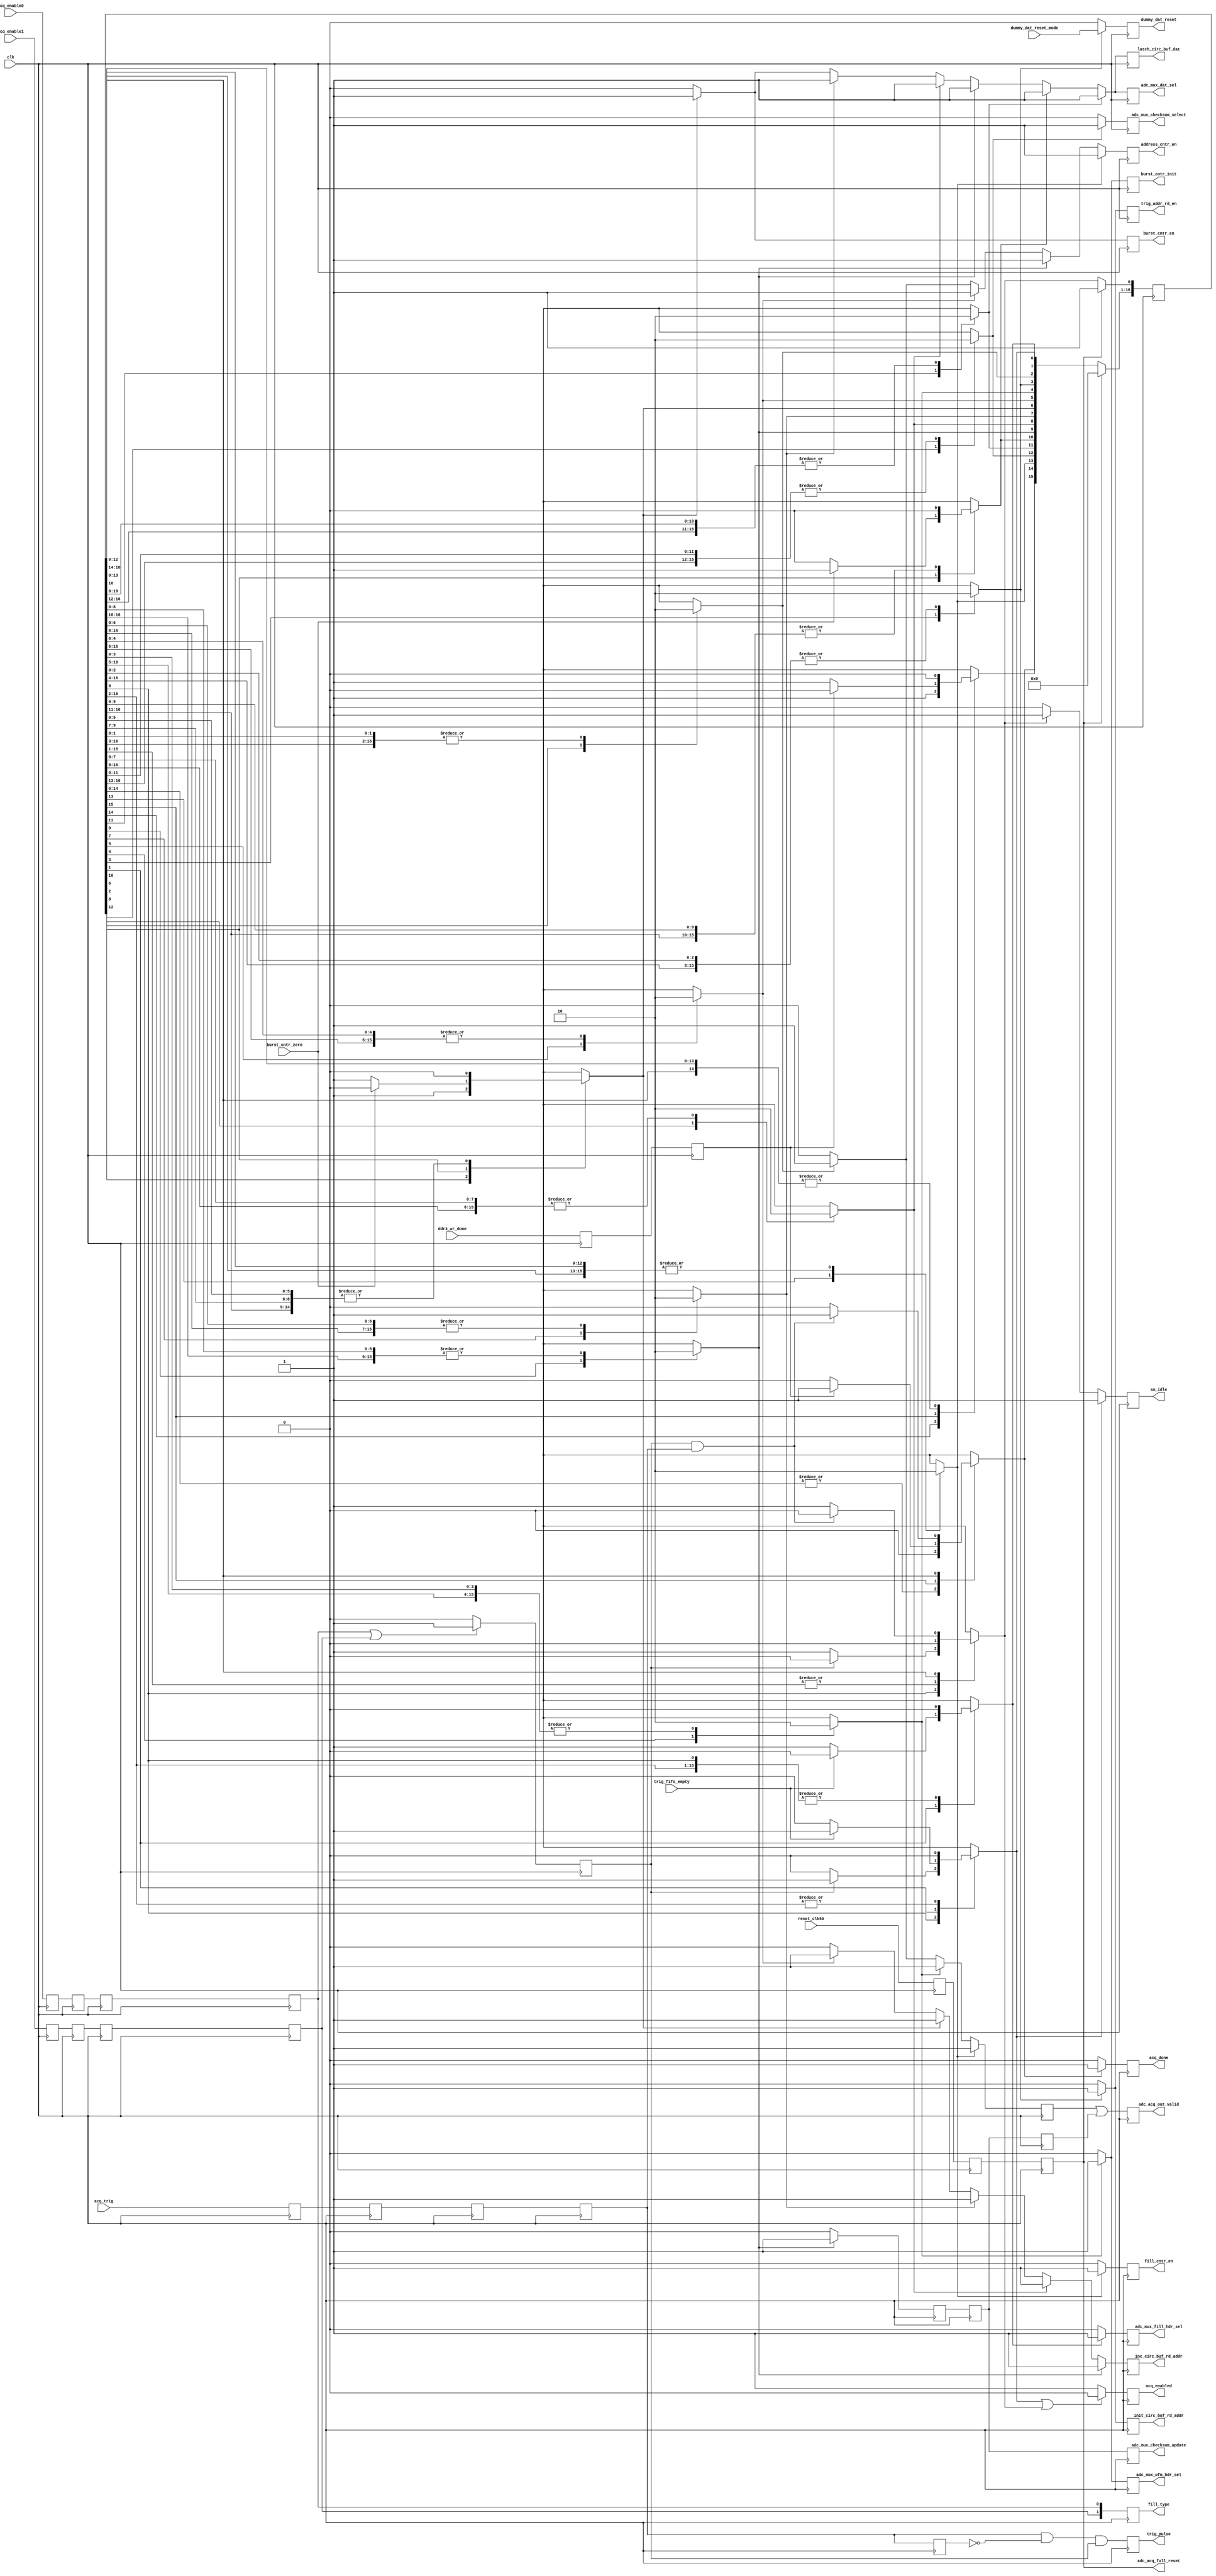
module adc_acq_sm_cbuf (
    // inputs
    input clk,                          // runs at the adc_clk speed (400 MHz)
    input acq_enable0,                  // indicates enabled for triggers, and fill type
    input acq_enable1,                  // indicates enabled for triggers, and fill type
    input acq_trig,                     // trigger the logic to start collecting data
    input reset_clk50,                  // reset from internal logic, synched to CLK50
    input trig_fifo_empty,              // no trigger address is available for reading yet
    input burst_cntr_zero,              // all sample bursts have been saved
    input ddr3_wr_done,                 // asserted when the 'ddr3_wr_control' is in the DONE state
    input dummy_dat_reset_mode,         // channel_tag[4] = 0 -> free-run,  1 -> reset every waveform
    // outputs
    output reg [1:0] fill_type,         // determine which burst count to use (not in cbuf mode)
    output reg address_cntr_en,         // increment the next starting address
    output reg dummy_dat_reset,         // reset the dummy data counter
    output reg adc_mux_fill_hdr_sel,    // selects fill header
    output reg adc_mux_wfm_hdr_sel,     // selects waveform header
    output reg adc_mux_dat_sel,         // selects data
    output reg adc_mux_checksum_select, // selects checksum
    output reg adc_mux_checksum_update, // update the checksum
    output reg burst_cntr_init,         // initialize when triggered
    output reg burst_cntr_en,           // will be enabled once per burst
    output reg fill_cntr_en,            // will be enabled once per fill
    output reg adc_acq_out_valid,       // current data should be stored in the FIFO
    output reg trig_pulse,
    output reg acq_enabled,             // writing triggered data to DDR3 in progress
    output reg adc_acq_full_reset,      // reset everything related to ADC acquisition and storage
    output reg acq_done,                // acquisition is done
    output reg init_circ_buf_rd_addr,   // initialize the counter with the start of the buffer area to be saved
    output reg inc_circ_buf_rd_addr,    // increment the circular buffer address
    output reg trig_addr_rd_en,         // read a trigger address from the FIFO
    output reg latch_circ_buf_dat,      // save the current 32-bit data word from the circular buffer
    output reg sm_idle                  // signal that this state machine is idle (used for front panel LED status)
);


// synchronize ENABLE and TRIGGER inputs to this clock domain
reg acq_enable0_sync1, acq_enable0_sync2, acq_enable0_sync3;
reg acq_enable0_sync4;
reg acq_enable1_sync1, acq_enable1_sync2, acq_enable1_sync3;
reg acq_enable1_sync4;
reg acq_trig_sync1, acq_trig_sync2, acq_trig_sync3, acq_trig_sync5;
reg acq_trig_sync4;
always @(posedge clk) begin
    acq_enable0_sync1 <= acq_enable0;
    acq_enable0_sync2 <= acq_enable0_sync1;
    acq_enable0_sync3 <= acq_enable0_sync2;
    acq_enable0_sync4 <= acq_enable0_sync3;

    acq_enable1_sync1 <= acq_enable1;
    acq_enable1_sync2 <= acq_enable1_sync1;
    acq_enable1_sync3 <= acq_enable1_sync2;
    acq_enable1_sync4 <= acq_enable1_sync3;

    acq_trig_sync1 <= acq_trig;
    acq_trig_sync2 <= acq_trig_sync1;
    acq_trig_sync3 <= acq_trig_sync2;
    acq_trig_sync4 <= acq_trig_sync3;
    acq_trig_sync5 <= acq_trig_sync4;
    // assert 'trig_pulse' when 'ext_trig' has gotten to the fourth register, but not the fifth
    // pass triggers only during the ACQ_ENABLED state
    trig_pulse <= #1 ((acq_trig_sync4 & ~acq_trig_sync5) && adc_acq_mode_enabled);
end

// sync and combine the external ACQ_RESET and the internal RESET_CLK50
reg reset_clk50_sync1, reset_clk50_sync2; 
always @(posedge clk) begin
    reset_clk50_sync1 <= reset_clk50;
    reset_clk50_sync2 <= reset_clk50_sync1;
    adc_acq_full_reset <= reset_clk50_sync2;
end

// synchronize 'ddr3_wr_done'
reg ddr3_wr_done_sync1;
reg ddr3_wr_done_sync2;
always @ (posedge clk) begin
    ddr3_wr_done_sync1 <= ddr3_wr_done;
    ddr3_wr_done_sync2 <= ddr3_wr_done_sync1;
end

// We are in acquisition mode whenever the ENABLE inputs are not both zero.
// When they are both zero, we are not running.
reg adc_acq_mode_enabled; // we are enabled to accept triggers and store data
always @(posedge clk) begin
    if (acq_enable0_sync4 | acq_enable1_sync4)
        adc_acq_mode_enabled <= 1'b1;
    else
        adc_acq_mode_enabled <= 1'b0;
end

// The fill type is determined by combining the ENABLE inputs
always @(posedge clk) begin
    fill_type[1:0] <= {acq_enable1_sync4, acq_enable0_sync4};
end
     
// delay the 'adc_acq_out_valid' signal to allow for the memory reading delay
reg immed_adc_acq_out_valid, dlyd_adc_acq_out_valid, start_dlyd_adc_acq_out_valid;
reg delay2, delay1, delay0;
always @ (posedge clk) begin
   adc_acq_out_valid <= #1 immed_adc_acq_out_valid | dlyd_adc_acq_out_valid;
   adc_mux_checksum_update <= #1 delay0;
   // run the delay pipeline
   dlyd_adc_acq_out_valid <= #1 delay0;
//   delay2 <= #1 delay1;
//   delay1 <= #1 delay0;
   delay0 <= #1 start_dlyd_adc_acq_out_valid;
end

//  Leave the comments containing "synopsys" in your HDL code.
 
// Declare the symbolic names for states
// Simplified one-hot encoding (each constant is an index into an array of bits)
parameter [4:0]
    IDLE            = 5'd0,
    WATCH_FOR_TRIG  = 5'd1,
    FILL_INIT1      = 5'd2,
    FILL_INIT2      = 5'd3,
    WAVEFORM_INIT1  = 5'd4,
    WAVEFORM_INIT2  = 5'd5,
    WAVEFORM_INIT3  = 5'd6,
    RUN1            = 5'd7,
    RUN2            = 5'd8,
    RUN3            = 5'd9,
    RUN4            = 5'd10,
    WAVEFORM_TST1   = 5'd11,
    WAVEFORM_TST2   = 5'd12,
    CHECKSUM1       = 5'd13,
    CHECKSUM2       = 5'd14,
    DDR3_WAIT       = 5'd15,
    DONE            = 5'd16;
    
// Declare current state and next state variables
reg [16:0] /* synopsys enum STATE_TYPE */ CS;
reg [16:0] /* synopsys enum STATE_TYPE */ NS;
//synopsys state_vector CS
 
// sequential always block for state transitions (use non-blocking [<=] assignments)
always @ (posedge clk) begin
    if (adc_acq_full_reset) begin
        CS <= 17'b0;      // set all state bits to 0
        CS[IDLE] <= 1'b1; // set IDLE state bit to 1
    end
    else
        CS <= NS;         // set state bits to next state
end

// lkg -- will need to update the sensitivity list
// combinational always block to determine next state  (use blocking [=] assignments) 
always @ (CS or adc_acq_mode_enabled or acq_trig_sync4 or burst_cntr_zero or ddr3_wr_done_sync2 )    begin
    NS = 17'b0; // default all bits to zero; will overrride one bit

    case (1'b1) // synopsys full_case parallel_case

        // Stay in the IDLE state until we are armed
        CS[IDLE]: begin
            if (adc_acq_mode_enabled)
                NS[WATCH_FOR_TRIG] = 1'b1;
            else
                NS[IDLE] = 1'b1;
        end

        // Stay in the WATCH state until we are both armed and triggered.
        // We will wait here until the circular buffer trigger address is available
        // reading of the DDR3 can occur while we are in this state
        CS[WATCH_FOR_TRIG]: begin
            if (!trig_fifo_empty)
                NS[FILL_INIT1] = 1'b1;
            else
                NS[WATCH_FOR_TRIG] = 1'b1;
        end

        // We use 2 states to initialize for a new fill.
        // This happens once per trigger
        // Stay in FILL_INIT1 state for one period.
        CS[FILL_INIT1]: begin
                NS[FILL_INIT2] = 1'b1;
        end

        // Stay in FILL_INIT2 state for one period.
        CS[FILL_INIT2]: begin
                NS[WAVEFORM_INIT1] = 1'b1;
        end

        // We use 3 states to initialize for each new waveform.
        // This happens once per waveform
         // Stay in WAVEFORM_INIT1 state for one period. 
        CS[WAVEFORM_INIT1]: begin
                NS[WAVEFORM_INIT2] = 1'b1;
        end

        // Stay in WAVEFORM_INIT2 state for one period. 
        CS[WAVEFORM_INIT2]: begin
                NS[WAVEFORM_INIT3] = 1'b1;
        end

        // Stay in WAVEFORM_INIT3 state for one period. 
        CS[WAVEFORM_INIT3]: begin
                NS[RUN1] = 1'b1;
        end

        // We use 4 states to collect and forward bursts of ADC data.
        // Two 12-bit ADC samples, packed in a 32-bit word, are collected during each RUN state.
        // At the end, the 128-bit data is forwarded and the checksum is updated.
        // Stay in RUN1 state for one period.
        CS[RUN1]: begin
                NS[RUN2] = 1'b1;
        end

        // Stay in RUN2 state for one period.
        CS[RUN2]: begin
                NS[RUN3] = 1'b1;
        end

        // Stay in RUN3 state for one period.
        CS[RUN3]: begin
                NS[RUN4] = 1'b1;
        end

        // Stay in RUN4 state for one period.
        // If we have collected all of the bursts, we are done.
        // Otherwise, loop back and get mor ADC data.
        CS[RUN4]: begin
            if (burst_cntr_zero)
                NS[WAVEFORM_TST1] = 1'b1;
            else
                NS[RUN1] = 1'b1;
        end

        // We use 2 states to update and test the waveform counter
        // as well as to latch the final data because of delay from reading from the buffer
        // Stay in WAVEFORM_TST1 state for one period. 
        CS[WAVEFORM_TST1]: begin
                NS[WAVEFORM_TST2] = 1'b1;
        end

        // Stay in WAVEFORM_TST2 state for one period.
        // If this was the last waveform, go do checksum stuff.
        // Otherwise, start a gap.
        CS[WAVEFORM_TST2]: begin
            NS[CHECKSUM1] = 1'b1;
        end
 

        // We use 2 states to store the checksum.
         // Stay in CHECKSUM1 state for one period.
        CS[CHECKSUM1]: begin
                NS[CHECKSUM2] = 1'b1;
        end

        // Stay in CHECKSUM2 state for one period.
        CS[CHECKSUM2]: begin
                NS[DDR3_WAIT] = 1'b1;
        end

        // After all data for all waveforms has been collected, we
        // stay in DDR3_WAIT state until writing to the DDR3 is done.
        CS[DDR3_WAIT]: begin
            if (ddr3_wr_done_sync2)
                NS[DONE] = 1'b1;
            else
                NS[DDR3_WAIT] = 1'b1;
        end

        // Stay in the DONE state until the trigger is negated.
        // This prevents false retriggering.
        CS[DONE]: begin
            if (adc_acq_mode_enabled && acq_trig_sync4)
                NS[DONE] = 1'b1;
            else
                NS[IDLE] = 1'b1;
        end

    endcase
end // combinational always block to determine next state


// when we await a trigger, we can read DDR3 (acq_enabled=0)
// otherwise we are writing to DDR3 (acq_enabled=1).  The naming
// convention seems backwards, but follows from history.  Also allow
// reading during NS[IDLE] so that a transition to IDLE doesn't disrupt
// any reading still to be completed.
always @ (posedge clk) begin
    if (NS[WATCH_FOR_TRIG] || NS[IDLE] )
        acq_enabled <= 1'b0;
    else
        acq_enabled <= 1'b1;
end

// Drive outputs for each state at the same time as when we enter the state.
// Use the NS[] array.
always @ (posedge clk) begin
    // defaults
        address_cntr_en         <= 1'b0;
        dummy_dat_reset         <= 1'b0;
        adc_mux_fill_hdr_sel    <= 1'b0;
        adc_mux_wfm_hdr_sel     <= 1'b0;
        adc_mux_dat_sel         <= 1'b0;
        adc_mux_checksum_select <= 1'b0;
//        adc_mux_checksum_update <= 1'b0;
        burst_cntr_init         <= 1'b0;
        burst_cntr_en           <= 1'b0;
        fill_cntr_en            <= 1'b0;
        immed_adc_acq_out_valid <= 1'b0;
        start_dlyd_adc_acq_out_valid <= 1'b0; // prepare for current output from the MUX should be stored in the FIFO
        acq_done                <= 1'b0;
        sm_idle                 <= 1'b0;
        init_circ_buf_rd_addr   <= 1'b0;
        inc_circ_buf_rd_addr    <= 1'b0;
        trig_addr_rd_en         <= 1'b0;
        latch_circ_buf_dat      <= 1'b0;

    // next states
    if (NS[IDLE]) begin
        sm_idle                 <= 1'b1;
    end
    
    if (NS[WATCH_FOR_TRIG]) begin
        sm_idle                 <= 1'b1;
    end

    if (NS[FILL_INIT1]) begin
        // signal the mux to output the fill header info
        adc_mux_fill_hdr_sel         <= 1'b1;
    end

    if (NS[FILL_INIT2]) begin
       // write the fill header to the FIFO
       immed_adc_acq_out_valid        <= 1'b1;
       // increment the next fill address
       address_cntr_en          <= 1'b1;
    end

    if (NS[WAVEFORM_INIT1]) begin
        // at the start of a waveform, conditionally reset the counter that provides dummy data
        // 0 -> free-run,  1 -> reset every waveform
        dummy_dat_reset         <= dummy_dat_reset_mode;
        // initialize the counter with the start address of the circular buffer area to be saved
        init_circ_buf_rd_addr   <= #1 1'b1;
        // pull the trigger address out of the FIFO; the FIFI is in FWFT mode
        trig_addr_rd_en           <= #1 1'b1;
    end

    if (NS[WAVEFORM_INIT2]) begin
        // write the waveform header to the FIFO -- this will incur 1 cycle of delay going to adc_acq_out_valid
        immed_adc_acq_out_valid        <= 1'b1;
        // initialize the burst counter with the current fill size
        burst_cntr_init         <= 1'b1;
        // signal the mux to output the waveform header info
        adc_mux_wfm_hdr_sel         <= 1'b1;
    end

    if (NS[WAVEFORM_INIT3]) begin
        // increment the next fill address
        address_cntr_en          <= 1'b1;
        // increment the circular buffer address
        // don't latch yet because data will not be ready
        inc_circ_buf_rd_addr    <= #1 1'b1;
    end

    if (NS[RUN1]) begin
        // save the current 32-bit data word from the circular buffer
        latch_circ_buf_dat      <= #1 1'b1;
        // increment the circular buffer address
        inc_circ_buf_rd_addr    <= #1 1'b1;
        // decrement the burst counter
        burst_cntr_en           <= 1'b1;
        // signal the mux to output the ADC data burst
        adc_mux_dat_sel         <= #1 1'b1;
     end

    if (NS[RUN2]) begin
       // save the current 32-bit data word from the circular buffer
       latch_circ_buf_dat      <= #1 1'b1;
       // increment the circular buffer address
       inc_circ_buf_rd_addr    <= #1 1'b1;
       // signal the mux to output the ADC data burst
       adc_mux_dat_sel         <= #1 1'b1;
    end

    if (NS[RUN3]) begin
        // save the current 32-bit data word from the circular buffer
        latch_circ_buf_dat      <= #1 1'b1;
       // increment the circular buffer address
       inc_circ_buf_rd_addr    <= #1 1'b1;
       // signal the mux to continue to output the ADC data burst
       adc_mux_dat_sel         <= #1 1'b1;
    end

    if (NS[RUN4]) begin
        // save the current 32-bit data word from the circular buffer
        latch_circ_buf_dat      <= #1 1'b1;
        // write the ADC burst to the FIFO
        start_dlyd_adc_acq_out_valid       <= 1'b1;
        // increment the next fill address
        address_cntr_en          <= 1'b1;
        // increment the circular buffer address
        inc_circ_buf_rd_addr    <= #1 1'b1;
        // signal the mux to continue to output the ADC data burst
        adc_mux_dat_sel         <= #1 1'b1;
    end

    if (NS[WAVEFORM_TST1]) begin
       // save the current 32-bit data word from the circular buffer
       latch_circ_buf_dat      <= #1 1'b1;
       // signal the mux to continue to output the ADC data burst
       adc_mux_dat_sel         <= #1 1'b1;
    end
    
    if (NS[WAVEFORM_TST2]) begin
       // save the current 32-bit data word from the circular buffer
       latch_circ_buf_dat      <= #1 1'b1;
         // signal the mux to continue to output the ADC data burst
       adc_mux_dat_sel         <= #1 1'b1;
    end

    if (NS[CHECKSUM1]) begin
        // signal the mux to output the checksum
        adc_mux_checksum_select <= 1'b1;
    end

    if (NS[CHECKSUM2]) begin
        // write the checksum to the FIFO
        immed_adc_acq_out_valid       <= 1'b1;
        // increment the next fill address
        address_cntr_en         <= 1'b1;
        // increment the fill counter
        fill_cntr_en            <= 1'b1;
    end

    if (NS[DDR3_WAIT]) begin
    end

    if (NS[DONE]) begin
        // signal the master that we are done
        acq_done  <= 1'b1;
    end

end

endmodule